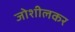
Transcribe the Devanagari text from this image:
जोशीलकर